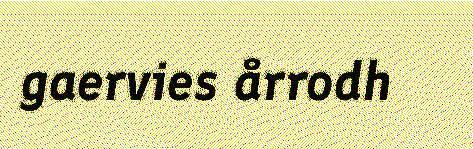
gaervies årrodh